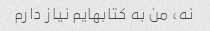
نه، من به کتابهایم نیاز دارم